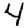
Digit: 4